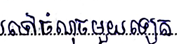
ទៅចំណុចមួយទៀត